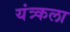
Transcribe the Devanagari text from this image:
यंत्र्कला